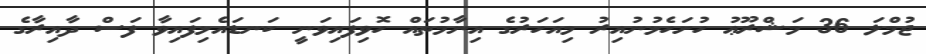
ޖުމްލަ 36 މަޝްރޫޢު ހުށަހެޅުނުއިރު މިއަހަރުގެ އިނާމުތައް ހޮވިފައިވަނީ ކަނޑައެޅިފައިވާ ފަސް ދާއިރާގެ